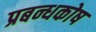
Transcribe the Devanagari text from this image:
प्रबन्धकोष